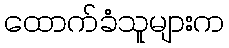
ထောက်ခံသူများက